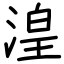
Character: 湟